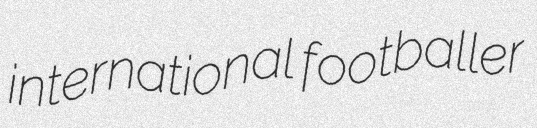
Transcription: international footballer